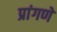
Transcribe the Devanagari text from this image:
प्रांगणे